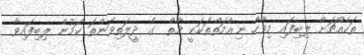
ތަކެއްޗަށް ލިބިފައި މިވާހާ ނިޢްމަތްތަކަކީ މާތް  ގެ ދީލަތިވަންތަ ކަމުން ލިބިފައިވާ